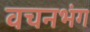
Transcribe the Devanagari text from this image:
वचनभंग